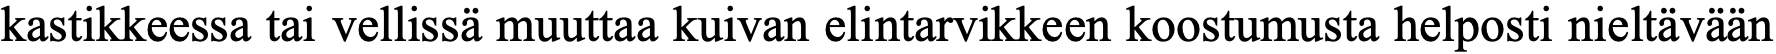
kastikkeessa tai vellissä muuttaa kuivan elintarvikkeen koostumusta helposti nieltävään